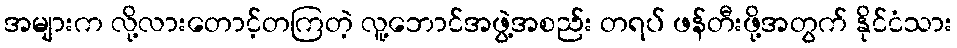
အများက လို့လားတောင့်တကြတဲ့ လူ့ဘောင်အဖွဲ့အစည်း တရပ် ဖန်တီးဖို့အတွက် နိုင်ငံသား